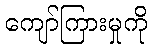
ကျော်ကြားမှုကို